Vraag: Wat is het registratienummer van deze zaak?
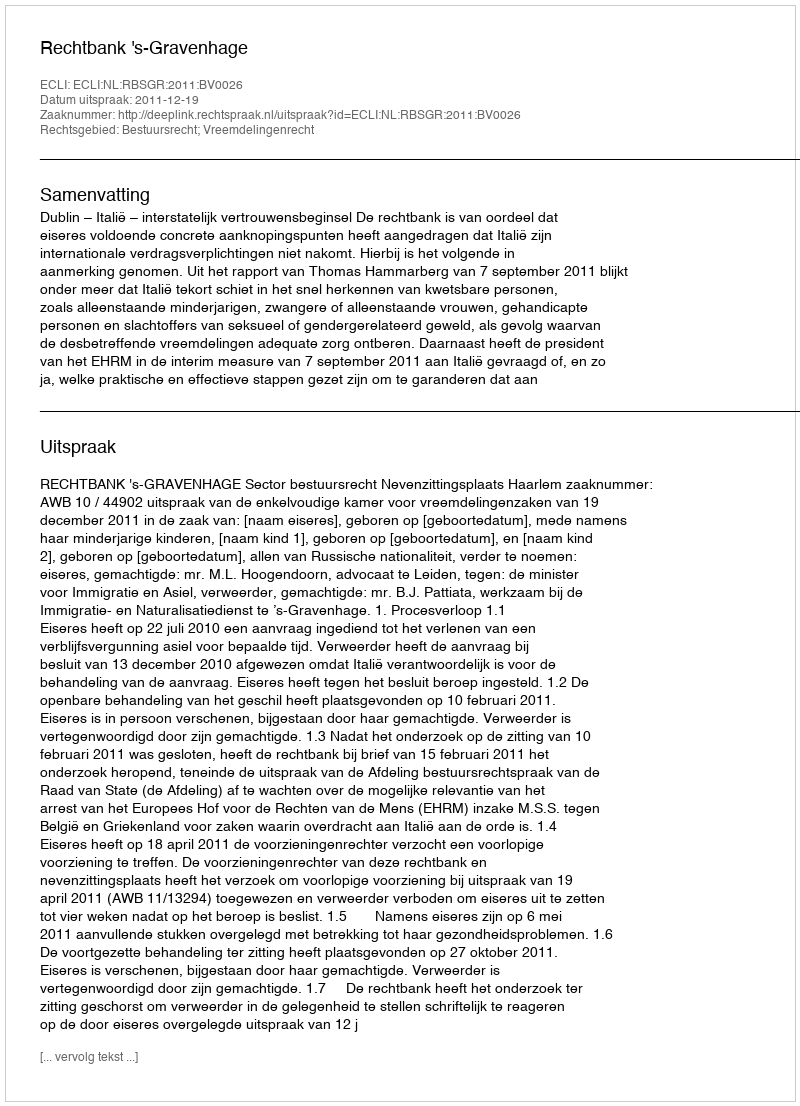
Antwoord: http://deeplink.rechtspraak.nl/uitspraak?id=ECLI:NL:RBSGR:2011:BV0026